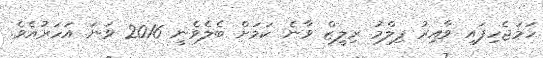
ހަމަޖެހިފައި ވާއިރު ފިލްމު ރިލީޒް ވާނެ ކަމަށް ބެލެވެނީ 2016 ވަނަ އަހަރުއެވެ.